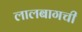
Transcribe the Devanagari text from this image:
लालबागची